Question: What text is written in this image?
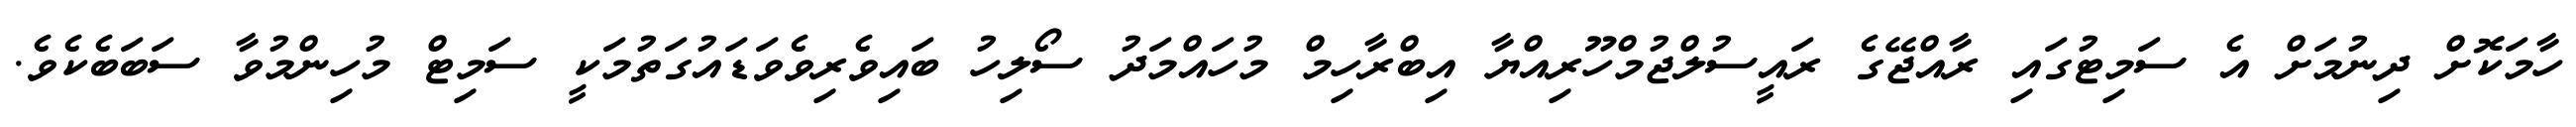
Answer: ހާމަކޮށް ދިނުމަށް އެ ސަމިޓުގައި ރާއްޖޭގެ ރައީސުލްޖުމްހޫރިއްޔާ އިބްރާހިމް މުހައްމަދު ސޯލިހު ބައިވެރިވެވަޑައުގަތުމަކީ ސަމިޓް މުހިންމުވާ ސަބަބެކެވެ.